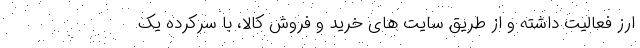
ارز فعالیت داشته و از طریق سایت های خرید و فروش کالا، با سرکرده یک